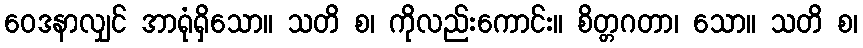
ဝေဒနာလျှင် အာရုံရှိသော။ သတိ စ၊ ကိုလည်းကောင်း။ စိတ္တဂတာ၊ သော။ သတိ စ၊